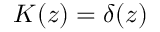
K ( z ) = \delta ( z )